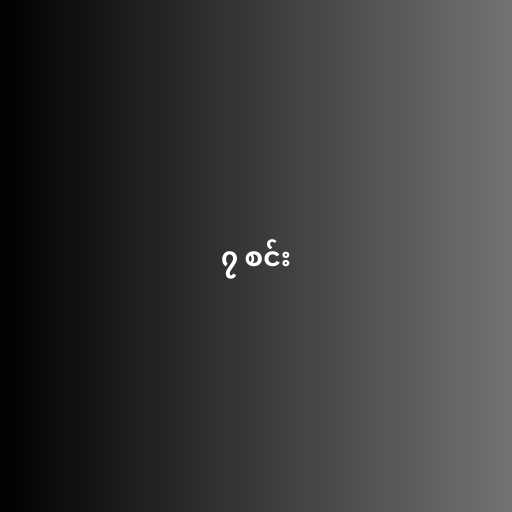
၇ စင်း